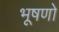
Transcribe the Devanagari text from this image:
भूषणो